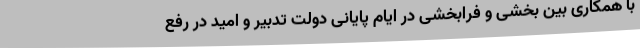
با همکاری بین بخشی و فرابخشی در ایام پایانی دولت تدبیر و امید در رفع